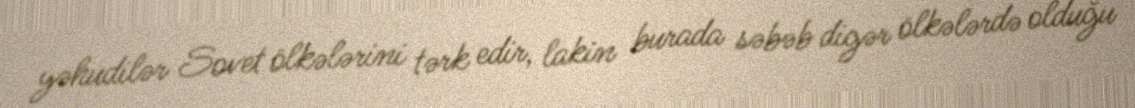
yəhudilər Sovet ölkələrini tərk edir, lakin burada səbəb digər ölkələrdə olduğu